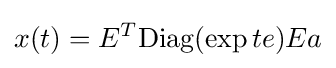
x(t)=E^{T}{\mbox{Diag}}(\exp te)Ea